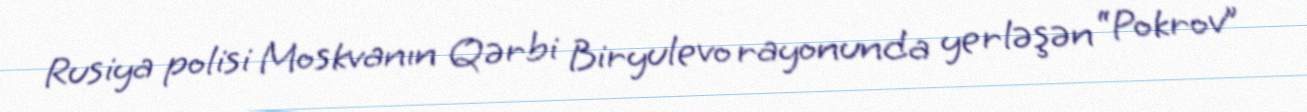
Rusiya polisi Moskvanın Qərbi Biryulevo rayonunda yerləşən “Pokrov”